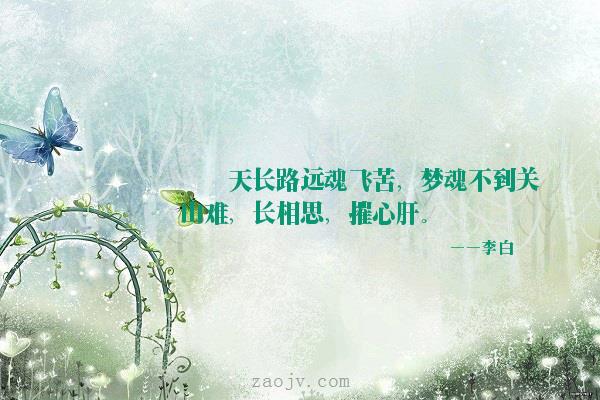
天长路远魂飞苦，梦魂不到关山难。